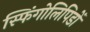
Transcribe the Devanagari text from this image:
स्फिंगोलिपिडों